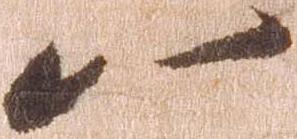
八